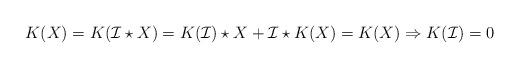
LaTeX: \begin{align*}K(X)=K(\mathcal{I}\star X)=K(\mathcal{I})\star X+\mathcal{I}\star K(X)=K(X) \Rightarrow K(\mathcal{I})=0\end{align*}